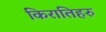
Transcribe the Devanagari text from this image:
किरातिहरु